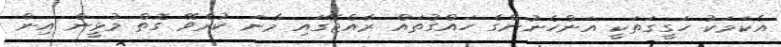
އެކަމަކު ހަގީގަތަކީ އަންހެނުންގެ ހައްގުތައް ރާއްޖޭގައި މާނަ ކުރެވޭ ގޮތް މުޅީން އިން